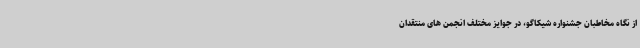
از نگاه مخاطبان جشنواره شیکاگو، در جوایز مختلف انجمن های منتقدان